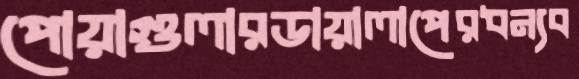
পোয়াগুলারডায়ালাপেরধন্যব